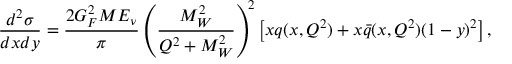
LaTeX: \frac { d ^ { 2 } \sigma } { d x d y } = \frac { 2 G _ { F } ^ { 2 } M E _ { \nu } } { \pi } \left( \frac { M _ { W } ^ { 2 } } { Q ^ { 2 } + M _ { W } ^ { 2 } } \right) ^ { \! 2 } \left[ x q ( x , Q ^ { 2 } ) + x \bar { q } ( x , Q ^ { 2 } ) ( 1 - y ) ^ { 2 } \right] ,